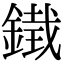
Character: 𮢨